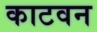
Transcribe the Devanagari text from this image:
काटवन